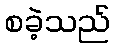
စခဲ့သည်